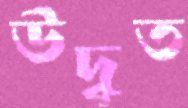
উদ্বৃত